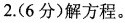
2.(6分)解方程。